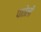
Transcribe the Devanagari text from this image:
पातेली